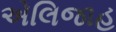
એલિજાહ